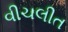
વીચલીત